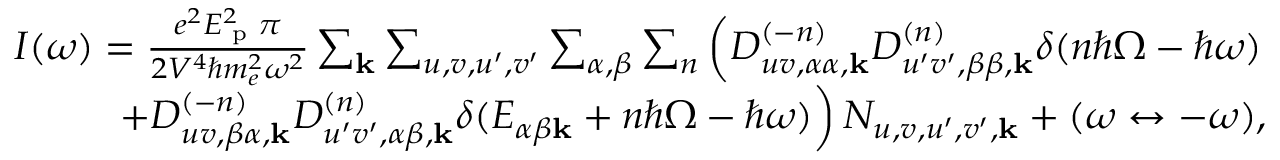
\begin{array} { r } { I ( \omega ) = \frac { e ^ { 2 } E _ { \textrm { p } } ^ { 2 } \pi } { 2 V ^ { 4 } \hbar m _ { e } ^ { 2 } \omega ^ { 2 } } \sum _ { \mathbf { k } } \sum _ { u , v , u ^ { \prime } , v ^ { \prime } } \sum _ { \alpha , \beta } \sum _ { n } \left( D _ { u v , \alpha \alpha , \mathbf { k } } ^ { ( - n ) } D _ { u ^ { \prime } v ^ { \prime } , \beta \beta , \mathbf { k } } ^ { ( n ) } \delta ( n \hbar \Omega - \hbar \omega ) \right. } \\ { \left. + D _ { u v , \beta \alpha , \mathbf { k } } ^ { ( - n ) } D _ { u ^ { \prime } v ^ { \prime } , \alpha \beta , \mathbf { k } } ^ { ( n ) } \delta ( E _ { \alpha \beta \mathbf { k } } + n \hbar \Omega - \hbar \omega ) \right) N _ { u , v , u ^ { \prime } , v ^ { \prime } , \mathbf { k } } + ( \omega \leftrightarrow - \omega ) , } \end{array}